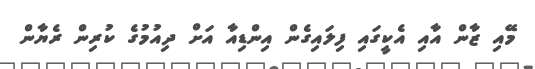
މޭއި ޒާން އާއި އެކީގައި ފިލައިގެން އިންޑިއާ އަށް ދިއުމުގެ ކުރިން ރެޔާން